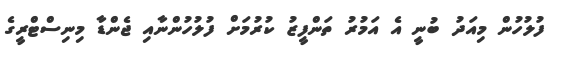
ފުލުހުން މިއަދު ބުނީ އެ އަމުރު ތަންފީޒު ކުރުމަށް ފުލުހުންނާއި ޖެންޑާ މިނިސްޓްރީގެ